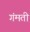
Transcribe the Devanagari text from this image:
गंमती